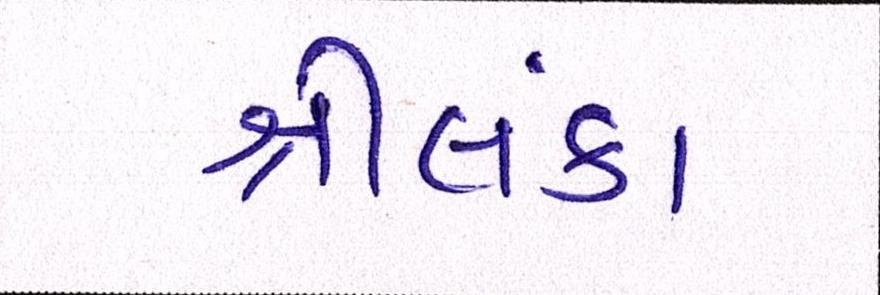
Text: શ્રીલંકા